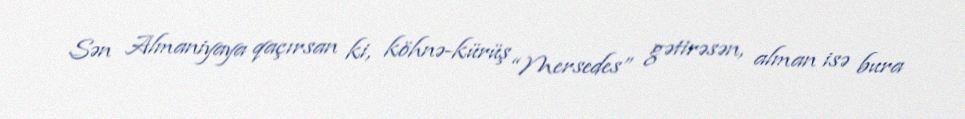
Sən Almaniyaya qaçırsan ki, köhnə-kürüş “Mersedes” gətirəsən, alman isə bura